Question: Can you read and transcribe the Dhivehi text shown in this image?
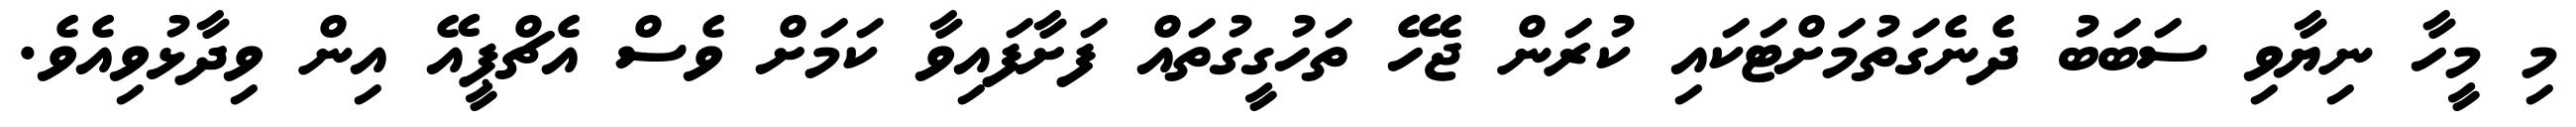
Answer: މި މީހާ ނިޔާވި ސަބަބު ދެނެގަތުމަށްޓަކައި ކުރަން ޖެހޭ ތަހުގީގުތައް ފަށާފައިވާ ކަމަށް ވެސް އެޗްޕީއޭ އިން ވިދާޅުވިއެވެ.